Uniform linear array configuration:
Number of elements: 12
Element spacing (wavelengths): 1
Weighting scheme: blackman
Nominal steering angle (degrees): -15
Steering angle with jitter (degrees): -14.189
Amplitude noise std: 0.05
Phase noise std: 0.05

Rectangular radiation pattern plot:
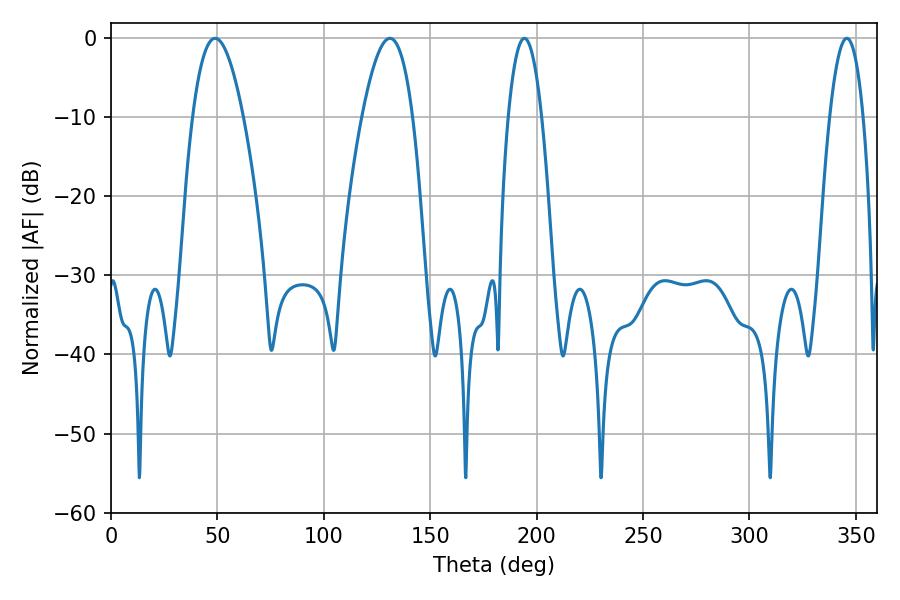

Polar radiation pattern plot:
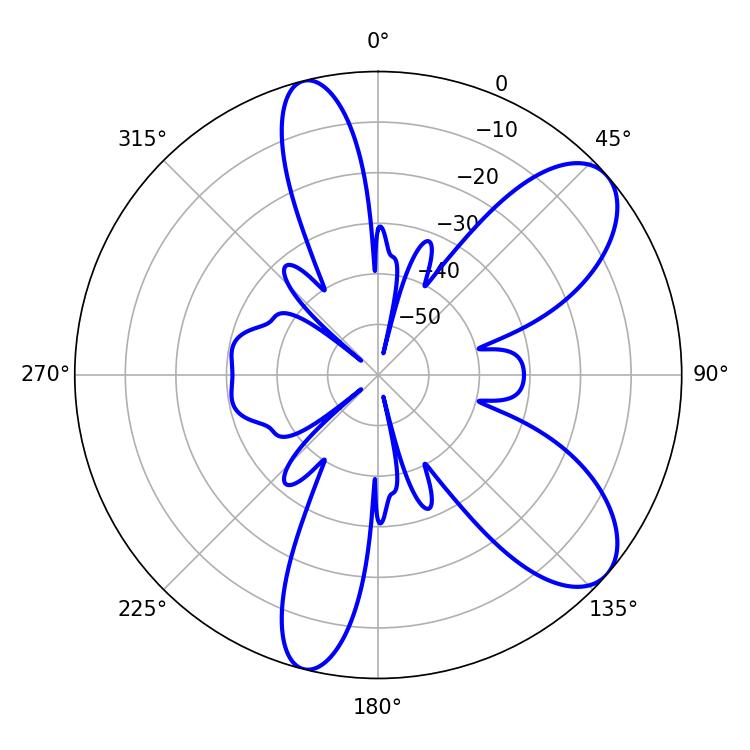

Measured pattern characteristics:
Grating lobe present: TRUE
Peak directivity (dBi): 8.378
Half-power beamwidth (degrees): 12.96
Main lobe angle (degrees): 48.96